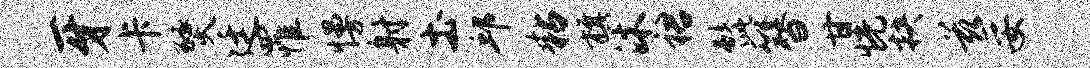
牙卡燹廷罹慢射土邱粘旗沐裙髭簪甘恍抉兹妥